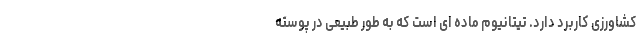
کشاورزی کاربرد دارد. تیتانیوم ماده ای است که به طور طبیعی در پوسته